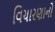
વિચારણાનો